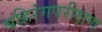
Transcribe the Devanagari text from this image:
बहिरंगपरीक्षण